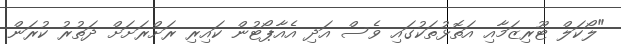
"ލޯކަލް ޓޫރިޒަމާއި އަތޮޅުތަކުގައި ވެސް އަދި އެއާޕޯޓުން ކައިރި ރަށްރަށަށް ދަތުރު ކުރަން